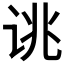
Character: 𫍥